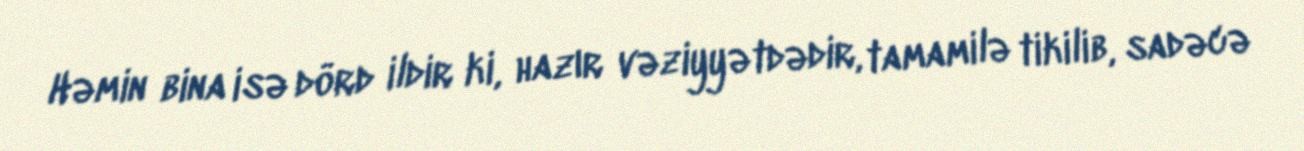
Həmin bina isə dörd ildir ki, hazır vəziyyətdədir, tamamilə tikilib, sadəcə